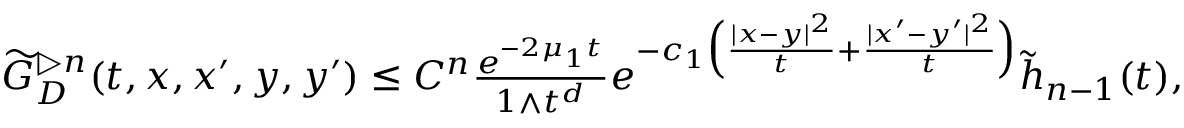
\begin{array} { r } { \widetilde { G } _ { D } ^ { \triangleright n } ( t , x , x ^ { \prime } , y , y ^ { \prime } ) \le C ^ { n } \frac { e ^ { - 2 \mu _ { 1 } t } } { 1 \wedge t ^ { d } } e ^ { - c _ { 1 } \Big ( \frac { | x - y | ^ { 2 } } { t } + \frac { | x ^ { \prime } - y ^ { \prime } | ^ { 2 } } { t } \Big ) } \widetilde { h } _ { n - 1 } ( t ) , } \end{array}